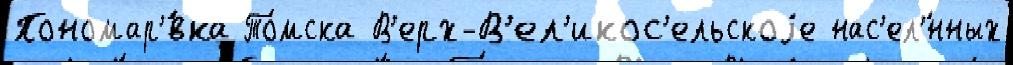
Пономар'́вка То́мска В'ерх-В'ел'икос'ельскоjе нас'ел'́нных